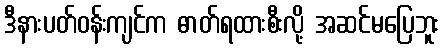
ဒီနားပတ်ဝန်းကျင်က ဓာတ်ရထားစီးလို့ အဆင်မပြေဘူး